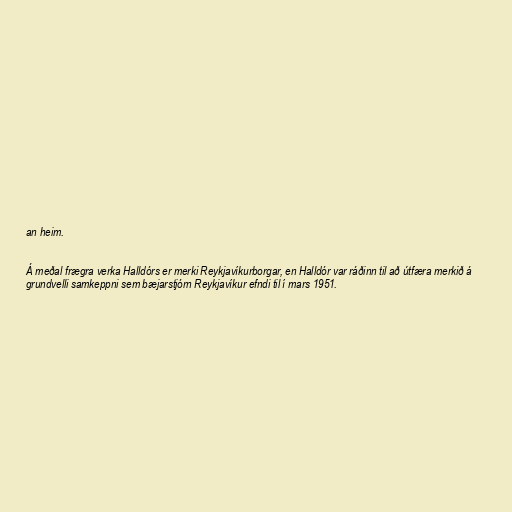
an heim.

Á meðal frægra verka Halldórs er merki Reykjavíkurborgar, en Halldór var ráðinn til að útfæra merkið á
grundvelli samkeppni sem bæjarstjórn Reykjavíkur efndi til í mars 1951.